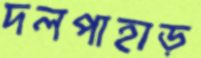
দলপাহাড়